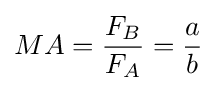
MA={\frac {F_{B}}{F_{A}}}={\frac {a}{b}}